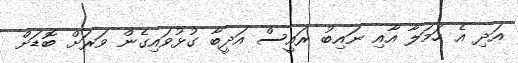
އަދި އެ ހަމަލާ އާއި ނައިބު ރައީސް އަދީބާ ގުޅުވައިގެން ވަރަށް ބޮޑަށް